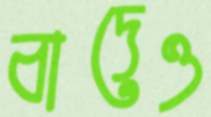
বাদেও